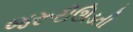
જરૂરીઊડતી